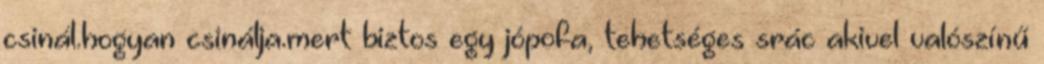
csinál.hogyan csinálja.mert biztos egy jópofa, tehetséges srác akivel valószí­nű